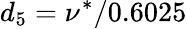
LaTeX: d_{5}=\nu^{*}/0.6025